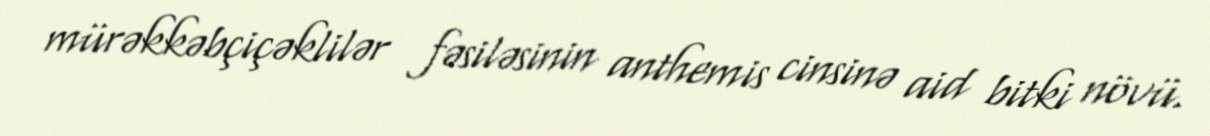
mürəkkəbçiçəklilər fəsiləsinin anthemis cinsinə aid bitki növü.